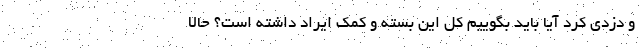
و دزدی کرد آیا باید بگوییم کل این بسته و کمک ایراد داشته است؟ حالا